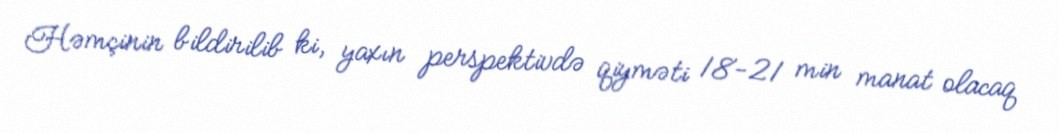
Həmçinin bildirilib ki, yaxın perspektivdə qiyməti 18-21 min manat olacaq